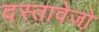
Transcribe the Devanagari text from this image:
दस्तावेजो़